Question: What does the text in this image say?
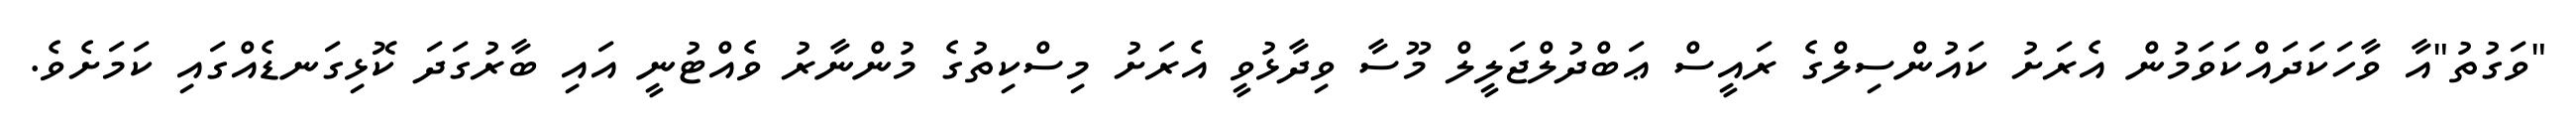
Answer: "ވަގުތު"އާ ވާހަކަދައްކަވަމުން އެރަށު ކައުންސިލްގެ ރައީސް ޢަބްދުލްޖަލީލް މޫސާ ވިދާޅުވީ އެރަށު މިސްކިތުގެ މުންނާރު ވެއްޓުނީ އައި ބާރުގަދަ ކޮޅިގަނޑެއްގައި ކަމަށެވެ.